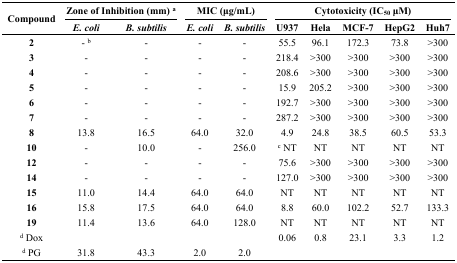
<table><thead><tr><td rowspan="2"><b>Compound</b></td><td colspan="2"><b>Zone of Inhibition (mm) <sup>a</sup></b></td><td colspan="2"><b>MIC (μg/mL)</b></td><td colspan="5"><b>Cytotoxicity (IC<sub>50</sub> μM)</b></td></tr><tr><td><b><i>E. coli</i></b></td><td><b><i>B. subtilis</i></b></td><td><b><i>E. coli</i></b></td><td><b><i>B. subtilis</i></b></td><td><b>U937</b></td><td><b>Hela</b></td><td><b>MCF-7</b></td><td><b>HepG2</b></td><td><b>Huh7</b></td></tr></thead><tbody><tr><td><b>2</b></td><td>- <sup>b</sup></td><td>-</td><td>-</td><td>-</td><td>55.5</td><td>96.1</td><td>172.3</td><td>73.8 </td><td>&gt;300</td></tr><tr><td><b>3</b></td><td>-</td><td>-</td><td>-</td><td>-</td><td>218.4</td><td>&gt;300</td><td>&gt;300</td><td>&gt;300</td><td>&gt;300</td></tr><tr><td><b>4</b></td><td>-</td><td>-</td><td>-</td><td>-</td><td>208.6</td><td>&gt;300</td><td>&gt;300</td><td>&gt;300</td><td>&gt;300</td></tr><tr><td><b>5</b></td><td>-</td><td>-</td><td>-</td><td>-</td><td>15.9</td><td>205.2</td><td>&gt;300</td><td>&gt;300</td><td>&gt;300</td></tr><tr><td><b>6</b></td><td>-</td><td>-</td><td>-</td><td>-</td><td>192.7</td><td>&gt;300</td><td>&gt;300</td><td>&gt;300</td><td>&gt;300</td></tr><tr><td><b>7</b></td><td>-</td><td>-</td><td>-</td><td>-</td><td>287.2 </td><td>&gt;300</td><td>&gt;300</td><td>&gt;300</td><td>&gt;300</td></tr><tr><td><b>8</b></td><td>13.8</td><td>16.5</td><td>64.0</td><td>32.0</td><td>4.9</td><td>24.8</td><td>38.5</td><td>60.5</td><td>53.3</td></tr><tr><td><b>10</b></td><td>-</td><td>10.0</td><td>-</td><td>256.0</td><td><sup>c</sup> NT</td><td>NT</td><td>NT</td><td>NT</td><td>NT</td></tr><tr><td><b>12</b></td><td>-</td><td>-</td><td>-</td><td>-</td><td>75.6</td><td>&gt;300</td><td>&gt;300</td><td>&gt;300</td><td>&gt;300</td></tr><tr><td><b>14</b></td><td>-</td><td>-</td><td>-</td><td>-</td><td>127.0</td><td>&gt;300</td><td>&gt;300</td><td>&gt;300</td><td>&gt;300</td></tr><tr><td><b>15</b></td><td>11.0</td><td>14.4</td><td>64.0</td><td>64.0</td><td>NT</td><td>NT</td><td>NT</td><td>NT</td><td>NT</td></tr><tr><td><b>16</b></td><td>15.8</td><td>17.5</td><td>64.0</td><td>64.0</td><td>8.8</td><td>60.0</td><td>102.2</td><td>52.7</td><td>133.3</td></tr><tr><td><b>19</b></td><td>11.4</td><td>13.6</td><td>64.0</td><td>128.0</td><td>NT</td><td>NT</td><td>NT</td><td>NT</td><td>NT</td></tr><tr><td><b><sup>d</sup> Dox</b></td><td></td><td></td><td></td><td></td><td>0.06</td><td>0.8</td><td>23.1</td><td>3.3</td><td>1.2</td></tr><tr><td><b><sup>d</sup> PG</b></td><td>31.8</td><td>43.3</td><td>2.0</td><td>2.0</td><td></td><td></td><td></td><td></td><td></td></tr></tbody></table>